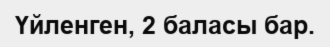
Үйленген, 2 баласы бар.